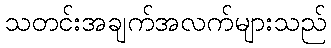
သတင်းအချက်အလက်များသည်